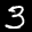
Label: 3